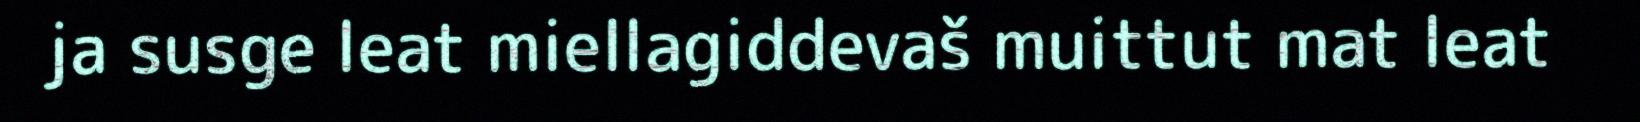
ja susge leat miellagiddevaš muittut mat leat